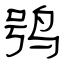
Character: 鸮